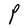
Character: P